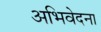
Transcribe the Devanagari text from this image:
अभिवेदना